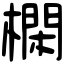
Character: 㯗